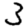
Digit: 3